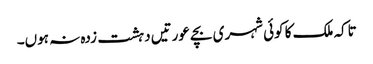
تاکہ ملک کا کوئی شہری بچے عورتیں دہشت زدہ نہ ہوں۔